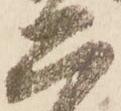
二